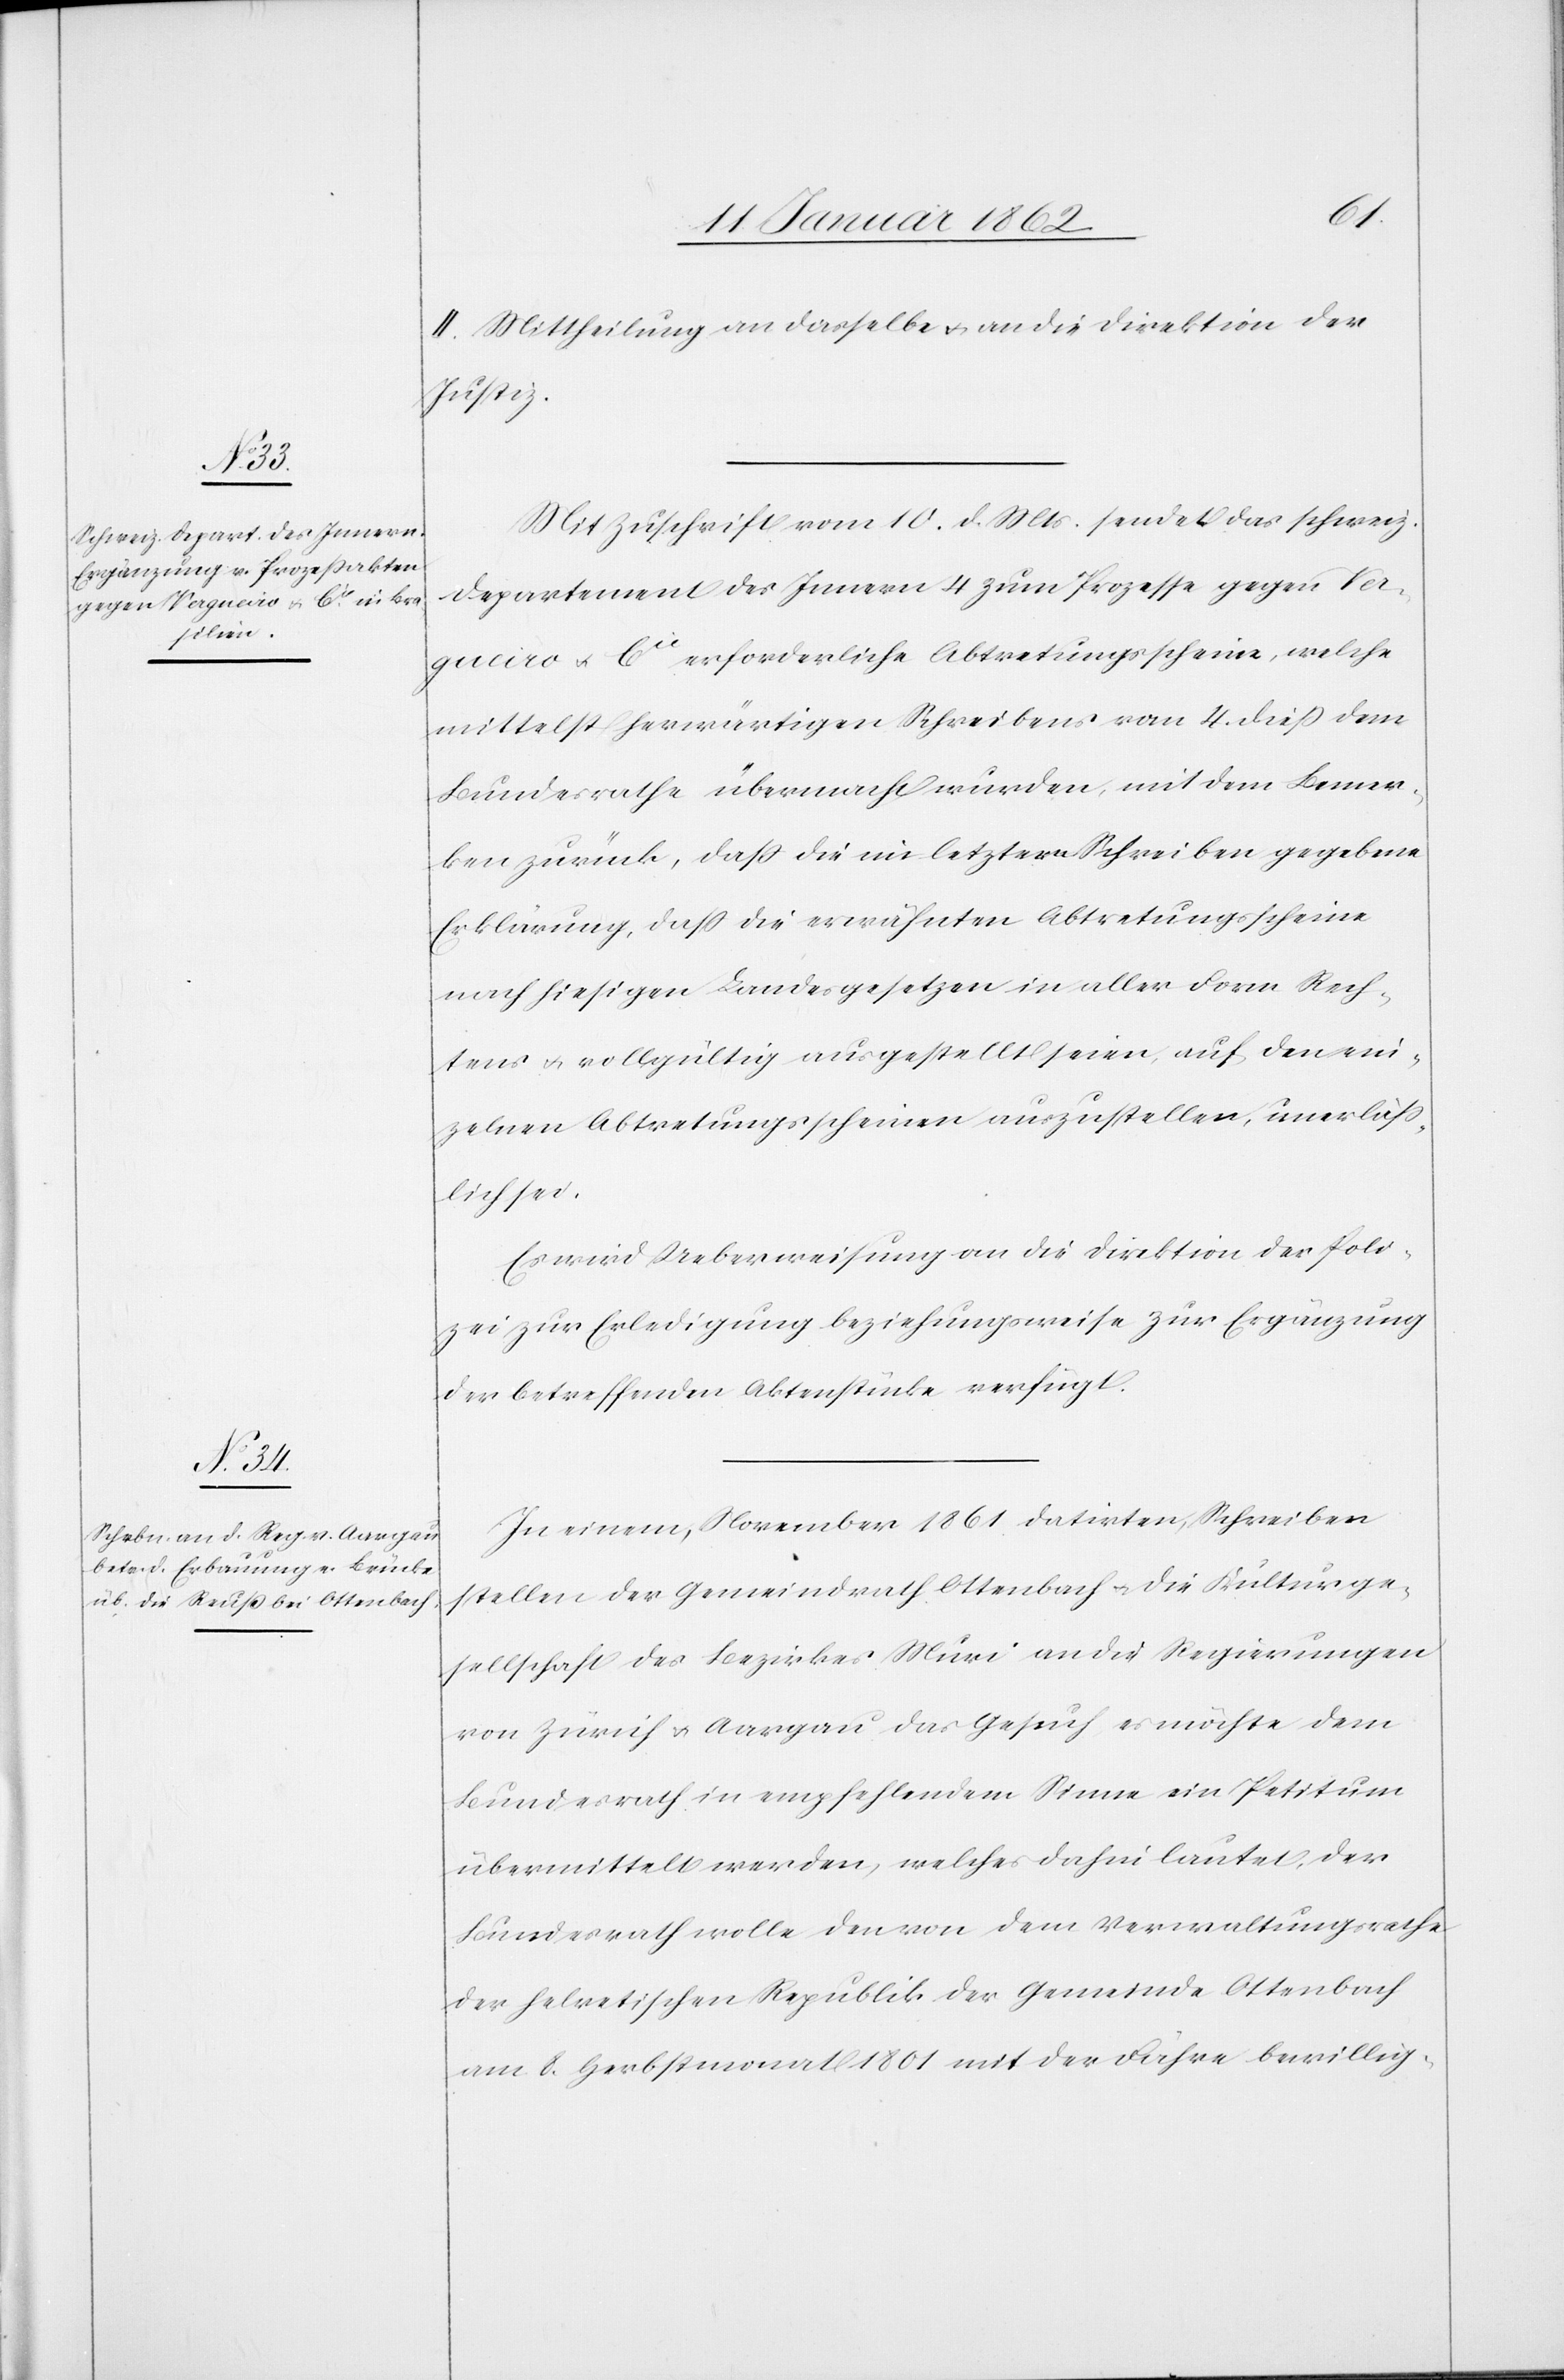
II. Mittheilung an dasselbe u. an die Direktion der
Justiz.
Mit Zuschrift vom 10. d. Mts. sendet das schweiz.
Departement des Innern 4 zum Prozesse gegen Ver¬
gueiro u. Cie erforderliche Abtretungsscheine, welche
mittelst herwärtigen Schreibens vom 4. dieß dem
Bundesrathe übermacht wurden, mit dem Bemer¬
ken zurück, daß die im letztern Schreiben gegebene
Erklärung, daß die erwähnten Abtretungsscheine
nach hiesigen Landesgesetzen in aller Form Rech¬
tens u. vollgültig ausgestellt seien, auf den ein¬
zelnen Abtretungsscheinen auszustellen, unerläß¬
lich sei.
Es wird Ueberweisung an die Direktion der Poli¬
zei zur Erledigung beziehungsweise zur Ergänzung
der betreffenden Aktenstücke verfügt.
In einem, November 1861 datirten, Schreiben
stellen der Gemeindrath Ottenbach u. die Kulturge¬
sellschaft des Bezirkes Muri an die Regierungen
von Zürich u. Aargau das Gesuch, es möchte dem
Bundesrath in empfehlendem Sinne ein Petitum
übermittelt werden, welches dahin lautet, der
Bundesrath wolle den von dem Verwaltungsrathe
der helvetischen Republik der Gemeinde Ottenbach
am 8. Herbstmonat 1801 mit der Fähre bewillig-